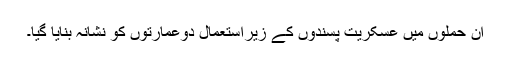
ان حملوں میں عسکریت پسندوں کے زیراستعمال دوعمارتوں کو نشانہ بنایا گیا۔